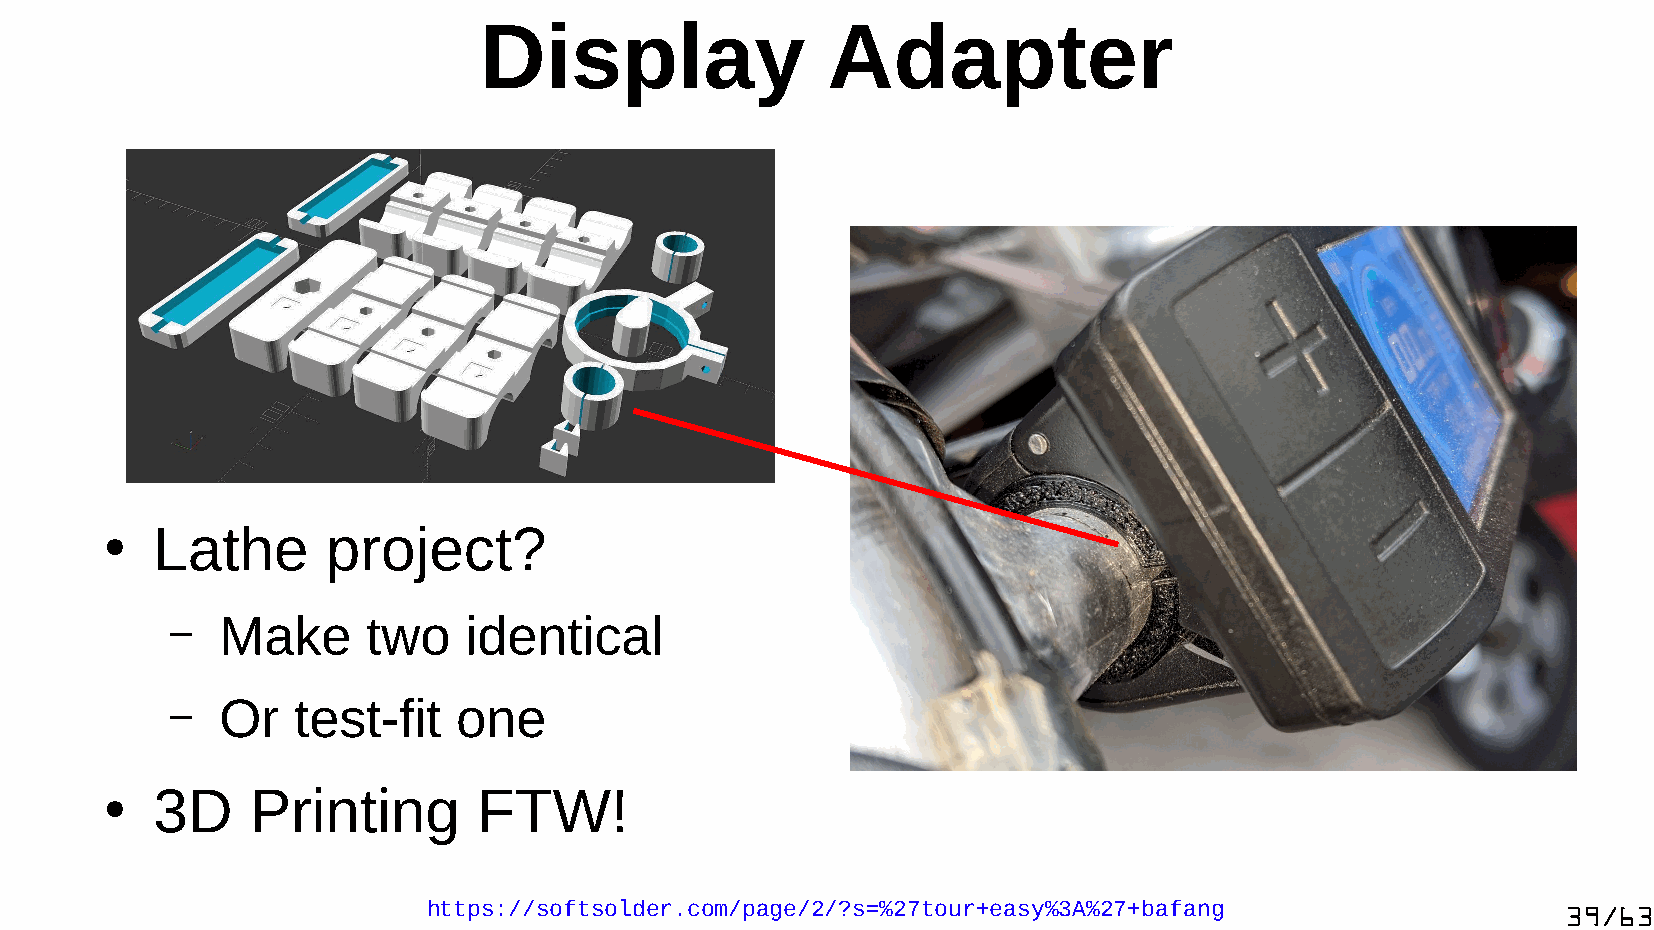
Display                Adapter
 Lathe       project?
 ●
 –   Make     two    identical
 –   Or  test-fit   one
 3D     Printing       FTW!
 ●
 https://softsolder.com/page/2/?s=%27tour+easy%3A%27+bafang                  39/63